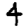
Digit: 4